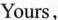
Yours，